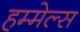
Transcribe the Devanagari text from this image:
हम्मेल्स